Vaccination report Assam 1874-1896 - 1874-1896
Year: 1874
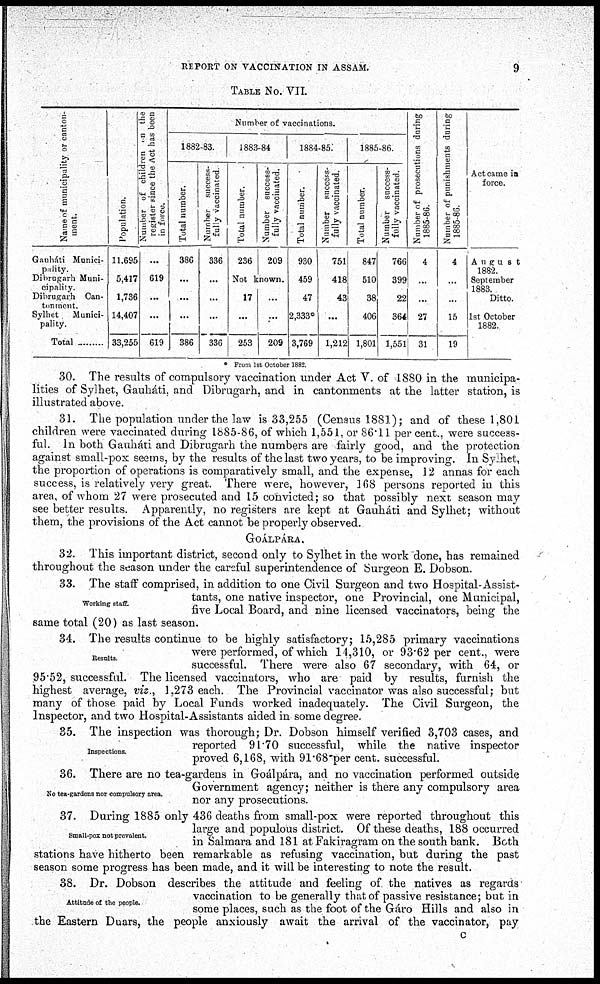
REPORT ON VACCINATION IN ASSAM.
9
TABLE No. VII.
Name of municipality or canton-
ment.
Gauháti Munici-
pality.
Dibrugarh Muni-
cipality.
Dibrugarh Can-
tonment.
Sylhet
Munici-
pality.
Total .........
Population.
11,695
5,417
1,736
14,407
33,255
Number of children on the
register since the Act has been
in force.
...
619
...
...
619
Number of vaccinations.
1882-83.
Total number.
386
...
...
...
386
Number success-
fully vaccinated
336
...
...
...
336
1883-84
Total number.
236
Number success-
fully vaccinated.
209
Not known.
17
...
253
...
...
209
1884-85.
Total number.
930
459
47
2,333*
3,769
Number success-
fully vaccinated.
751
418
43
...
1,212
1885-86.
Total number.
847
510
38
406
1,801
Number success-
fully vaccinated.
766
399
22
364
1,551
Number of prosecutions during
1885-86.
4
...
...
27
31
Number of punishments during
1885-86
4
...
...
15
19
Act came in
force.
August
1882.
September
1883.
Ditto.
1st October
1882.
* From 1st October 1882.
30. The results of compulsory vaccination under Act V. of 1880 in the municipa-
lities of Sylhet, Gauháti, and Dibrugarh, and in cantonments at the latter station, is
illustrated above.
31. The population under the law is 33,255 (Census 1881); and of these 1,801
children were vaccinated during 1885-86, of which 1,551, or 86.11 per cent., were success-
ful. In both Gauháti and Dibrugarh the numbers are fairly good, and the protection
against small-pox seems, by the results of the last two years, to be improving. In Sylhet,
the proportion of operations is comparatively small, and the expense, 12 annas for each
success, is relatively very great. There were, however, 168 persons reported in this
area, of whom 27 were prosecuted and 15 convicted; so that possibly next season may
see better results. Apparently, no registers are kept at Gauháti and Sylhet; without
them, the provisions of the Act cannot be properly observed.
GOÁLPÁRA.
Working staff.
32. This important district, second only to Sylhet in the work done, has remained
throughout the season under the careful superintendence of Surgeon E. Dobson.
33. The staff comprised, in addition to one Civil Surgeon and two Hospital-Assist-
tants, one native inspector, one Provincial, one Municipal,
five Local Board, and nine licensed vaccinators, being the
same total (20) as last season.
Results
34. The results continue to be highly satisfactory; 15,285 primary vaccinations
were performed, of which 14,310, or 93.62 per cent., were
successful. There were also 67 secondary, with 64, or
95.52, successful. The licensed vaccinators, who are paid by results, furnish the
highest average, viz., 1,273 each. The Provincial vaccinator was also successful; but
many of those paid by Local Funds worked inadequately. The Civil Surgeon, the
Inspector, and two Hospital-Assistants aided in some degree.
Inspections.
35. The inspection was thorough; Dr. Dobson himself verified 3,703 cases, and
reported 91.70 successful, while the native inspector
proved 6,168, with 91.68 per cent. successful.
No tea-gardens nor compulsory area.
36. There are no tea-gardens in Goálpára, and no vaccination performed outside
Government agency; neither is there any compulsory area
nor any prosecutions.
Small-pox not prevalent.
37. During 1885 only 436 deaths from small-pox were reported throughout this
large and populous district. Of these deaths, 188 occurred
in Salmara and 181 at Fakiragram on the south bank. Both
stations have hitherto been remarkable as refusing vaccination, but during the past
season some progress has been made, and it will be interesting to note the result.
Attitude of the people.
38. Dr. Dobson describes the attitude and feeling of the natives as regards
vaccination to be generally that of passive resistance; but in
some places, such as the foot of the Gáro Hills and also in
the Eastern Duars, the people anxiously await the arrival of the vaccinator, pay
c